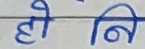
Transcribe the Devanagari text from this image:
होनि